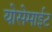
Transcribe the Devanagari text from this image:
योसेमाईट